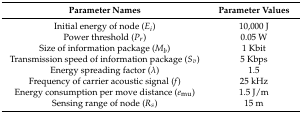
<table><thead><tr><td><b>Parameter Names</b></td><td><b>Parameter Values</b></td></tr></thead><tbody><tr><td>Initial energy of node (<i>E<sub>i</sub></i>)</td><td>10,000 J</td></tr><tr><td>Power threshold (<i>P<sub>r</sub></i>)</td><td>0.05 W</td></tr><tr><td>Size of information package (<i>M<sub>b</sub></i>)</td><td>1 Kbit</td></tr><tr><td>Transmission speed of information package (<i>S<sub>v</sub></i>)</td><td>5 Kbps</td></tr><tr><td>Energy spreading factor (<i>λ</i>)</td><td>1.5</td></tr><tr><td>Frequency of carrier acoustic signal (<i>f</i>)</td><td>25 kHz</td></tr><tr><td>Energy consumption per move distance (<i>e</i><sub>mu</sub>)</td><td>1.5 J/m</td></tr><tr><td>Sensing range of node (<i>R<sub>s</sub></i>)</td><td>15 m</td></tr></tbody></table>